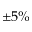
\pm 5 \%